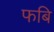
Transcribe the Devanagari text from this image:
फबि